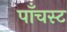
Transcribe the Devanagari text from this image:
पाँचस्ट